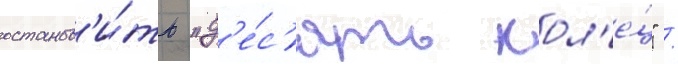
останов'и́ть "д'е́с'ять кол'е́ц" /